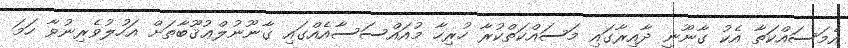
އެމަސައްކަތާ އެކު ގާނޫނީ ދާއިރާގައި މަސައްކަތްކުރާ ހުރިހާ މުއައްސަސާއެއްގައި ގާނޫނުލްޢުޤޫބާތަށް އަހުލުވެރިނުވާ ހަމަ